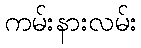
ကမ်းနားလမ်း